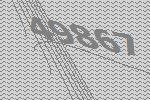
49867